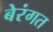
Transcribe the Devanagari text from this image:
बेरंगत